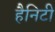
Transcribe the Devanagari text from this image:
हैनिटी